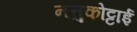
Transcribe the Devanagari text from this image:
नत्तुकोट्टाई